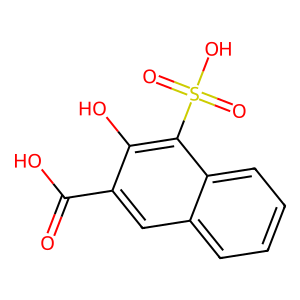
SMILES: O=C(O)c1cc2ccccc2c(S(=O)(=O)O)c1O
Inhibits HIV replication: No